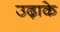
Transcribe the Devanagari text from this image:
उढ़ाके